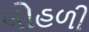
લોહળી